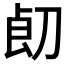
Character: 𱐞